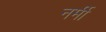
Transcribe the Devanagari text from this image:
नर्मी